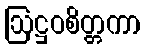
ဩဋ္ဌဝစိတ္တကာ